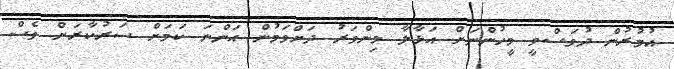
އުމުރުން ދުވަސްވީ މީހުންނަށް އަޅާލާ މިންވަރު ދަށްވަމުން އަންނަ ކަމަށް ސަރުކާރަށް ވެސް